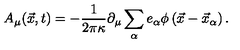
A _ { \mu } ( \vec { x } , t ) = - { \frac { 1 } { 2 \pi \kappa } } \partial _ { \mu } \sum _ { \alpha } e _ { \alpha } \phi \left( \vec { x } - \vec { x } _ { \alpha } \right) .